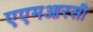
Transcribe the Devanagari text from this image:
एएमआरसी